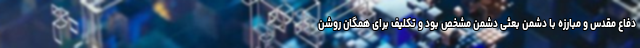
دفاع مقدس و مبارزه با دشمن بعثی دشمن مشخص بود و تکلیف برای همگان روشن